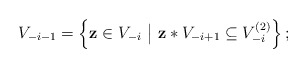
\begin{align*} V_{-i-1} = \left\{\mathbf z \in V_{-i} ~\big|~ \mathbf z * V_{-i+1} \subseteq V_{-i}^{(2)}\right\}; \end{align*}